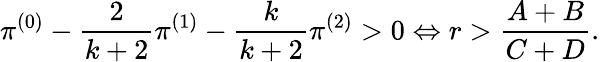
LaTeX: \pi^{(0)}-\frac{2}{k+2}\pi^{(1)}-\frac{k}{k+2}\pi^{(2)}>0\Leftrightarrow r>\frac{A+B}{C+D}.